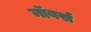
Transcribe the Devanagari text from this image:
नॉबर्स